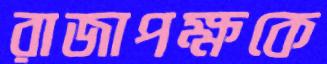
রাজাপক্ষকে